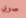
صوبي